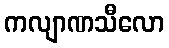
ကလျာဏသီလော